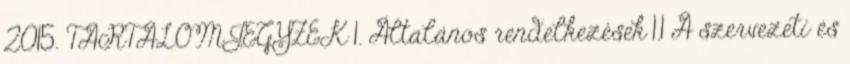
2015. TARTALOMJEGYZÉK 1. Általános rendelkezések 1.1 A szervezeti és